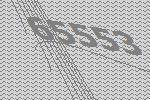
65553